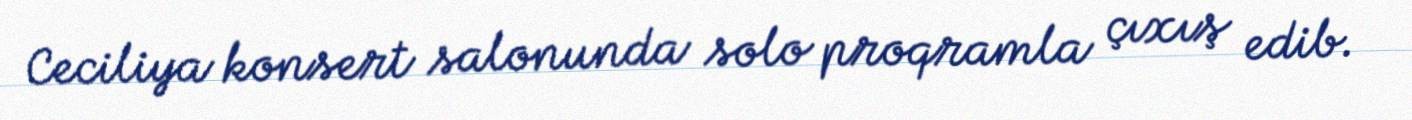
Ceciliya konsert salonunda solo proqramla çıxış edib.